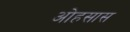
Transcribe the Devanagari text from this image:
ओहसास